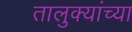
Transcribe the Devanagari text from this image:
तालुक्‍यांच्या